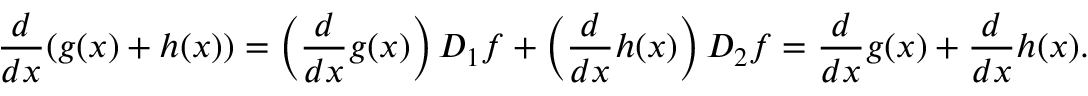
{ \frac { d } { d x } } ( g ( x ) + h ( x ) ) = \left( { \frac { d } { d x } } g ( x ) \right) D _ { 1 } f + \left( { \frac { d } { d x } } h ( x ) \right) D _ { 2 } f = { \frac { d } { d x } } g ( x ) + { \frac { d } { d x } } h ( x ) .